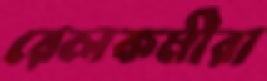
রেলকর্মীরা